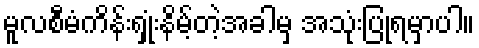
မူလစီမံကိန်းရှုံးနိမ့်တဲ့အခါမှ အသုံးပြုရမှာပါ။